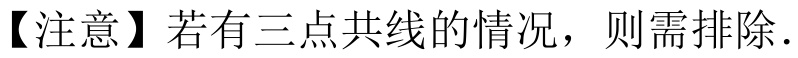
【注意】若有三点共线的情况，则需排除．